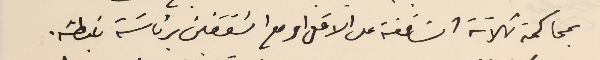
بمحاكمة ثلاثة اسَاقفة على الاقل او مع اسَقفين برئاسَة غبطته.